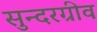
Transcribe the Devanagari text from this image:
सुन्दरग्रीव